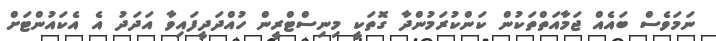
ނަމަވެސް ބައެއް ޖަމާއަތްތަކުން ކަންކުރަމުންދާ ގޮތަކީ މިނިސްޓްރީން ހުއްދަދީފައިވާ އަދަދު އެ އެކައުންޓަށް